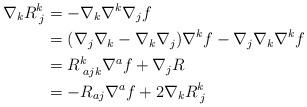
LaTeX: \begin{align*}\nabla_k R^k_{\;j} &= - \nabla_k \nabla^k\nabla_j f \\&=(\nabla_j \nabla_k -\nabla_k \nabla_j) \nabla^k f - \nabla_j \nabla_k \nabla^k f \\&=R^k_{\; ajk} \nabla^a f + \nabla_j R \\&=- R_{aj} \nabla^a f + 2\nabla_k R^k_{\;j}\end{align*}